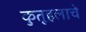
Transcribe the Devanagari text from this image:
कुतूहलाचे